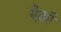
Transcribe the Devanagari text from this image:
ऐक्वी